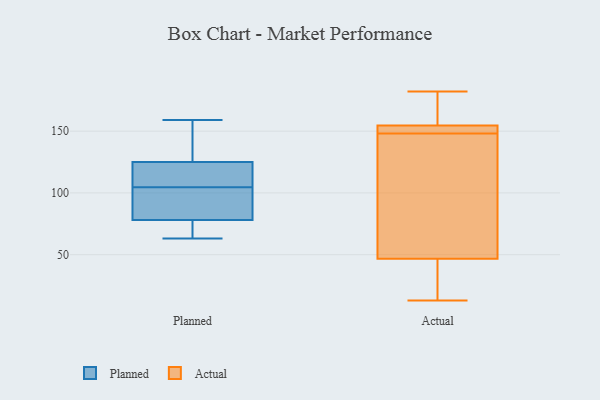
{"axis": {"x": "Energy Usage (MWh)", "y": "Value"}, "legend": ["Actual", "Planned"], "data": [{"x": "", "y": 113, "type": "Planned"}, {"x": "", "y": 75, "type": "Planned"}, {"x": "", "y": 126, "type": "Planned"}, {"x": "", "y": 63, "type": "Planned"}, {"x": "", "y": 85, "type": "Planned"}, {"x": "", "y": 105, "type": "Planned"}, {"x": "", "y": 78, "type": "Planned"}, {"x": "", "y": 68, "type": "Planned"}, {"x": "", "y": 84, "type": "Planned"}, {"x": "", "y": 150, "type": "Planned"}, {"x": "", "y": 125, "type": "Planned"}, {"x": "", "y": 117, "type": "Planned"}, {"x": "", "y": 104, "type": "Planned"}, {"x": "", "y": 159, "type": "Planned"}, {"x": "", "y": 155, "type": "Actual"}, {"x": "", "y": 46, "type": "Actual"}, {"x": "", "y": 150, "type": "Actual"}, {"x": "", "y": 86, "type": "Actual"}, {"x": "", "y": 33, "type": "Actual"}, {"x": "", "y": 49, "type": "Actual"}, {"x": "", "y": 13, "type": "Actual"}, {"x": "", "y": 148, "type": "Actual"}, {"x": "", "y": 182, "type": "Actual"}, {"x": "", "y": 153, "type": "Actual"}, {"x": "", "y": 165, "type": "Actual"}]}